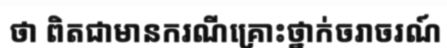
ថា ពិតជាមានករណីគ្រោះថ្នាក់ចរាចរណ៍